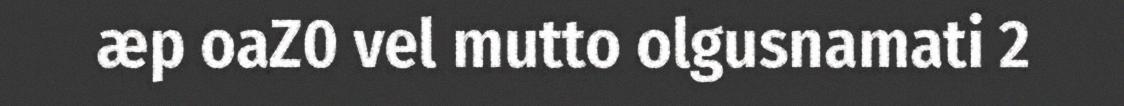
æp oaZ0 vel mutto olgusnamati 2